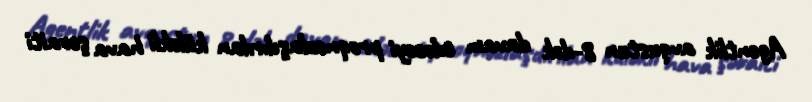
Agentlik avqustun 8-dək davam edəcəyi proqnozlaşdırılan küləkli hava şəraiti